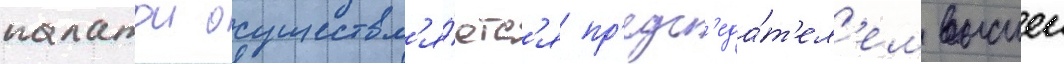
палатои осуществл'я́етс'я пр'едс'еда́т'ел'ем высшеи